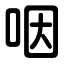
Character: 咽